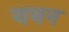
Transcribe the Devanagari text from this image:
ययन